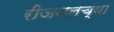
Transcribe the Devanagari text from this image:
रीजनलच्या